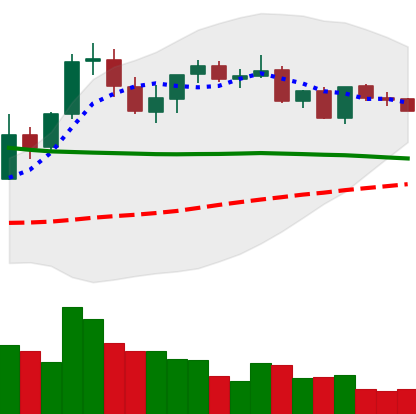
Ticker: XRP-USD
Chart end date: 2021-08-30
Forward return: 14.013%
Label: up_7plus